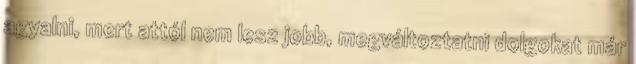
agyalni, mert attól nem lesz jobb, megváltoztatni dolgokat már